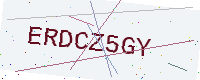
Text: ERDCZ5GY